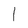
Character: 1